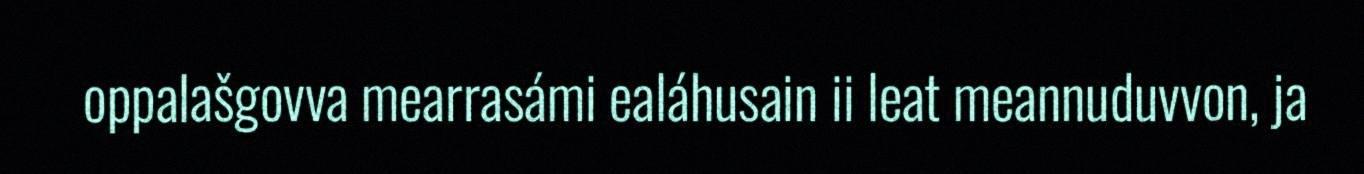
oppalašgovva mearrasámi ealáhusain ii leat meannuduvvon, ja